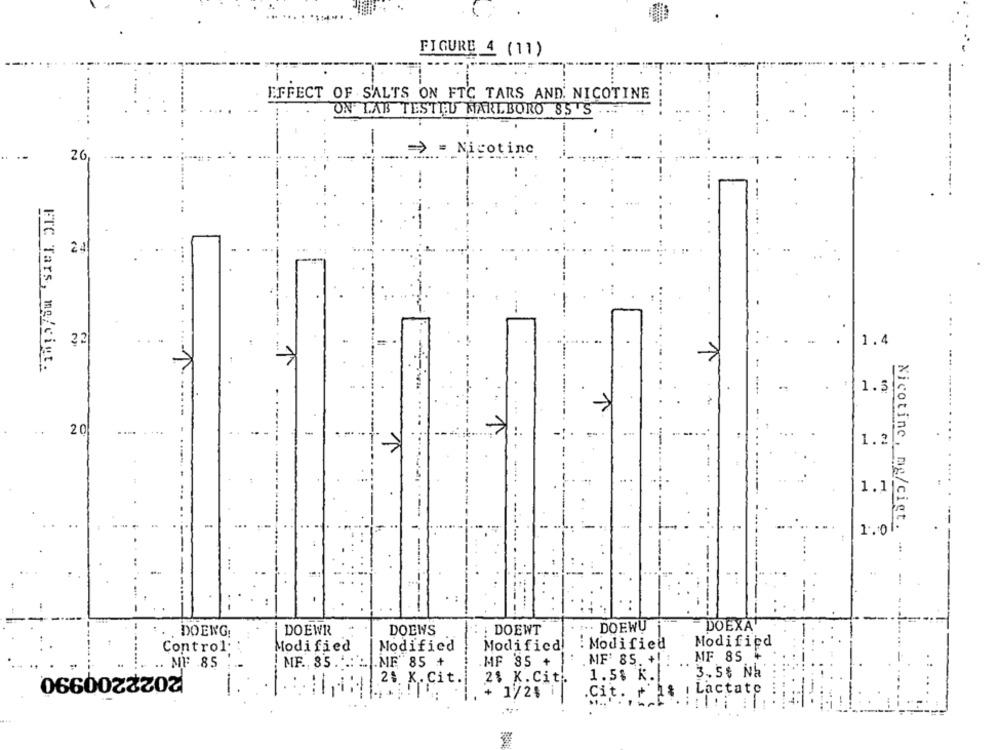
FIGURE 4 (11)
EFFECT OF SALTS ON FTC TARS AND. NICOTINE
ON LAB TESTTU MARLBORO 85'S
Nicotine
26
2 4
22
1.4
ETC Tars, me/ciut.
1.3
20
.... ...
1.2
1.1
1.0
Nicotine, mg/cigt. ..
DOEWR
DOEWS
. DOEWT
.. . DOEWU
DOEXA
. DOENG
Modified
Modifica : Modified
Modified
Control:
Modified
MF' 85. +! :
MF 85
.. MF 85
MF. 85.1.
.ME" 85 +
MF 85 +
1.5% K.
3. 5$ Na
2%. K. Cit.
2% K.Citi.
-
+ 1/25 1
.Cit
Lactate